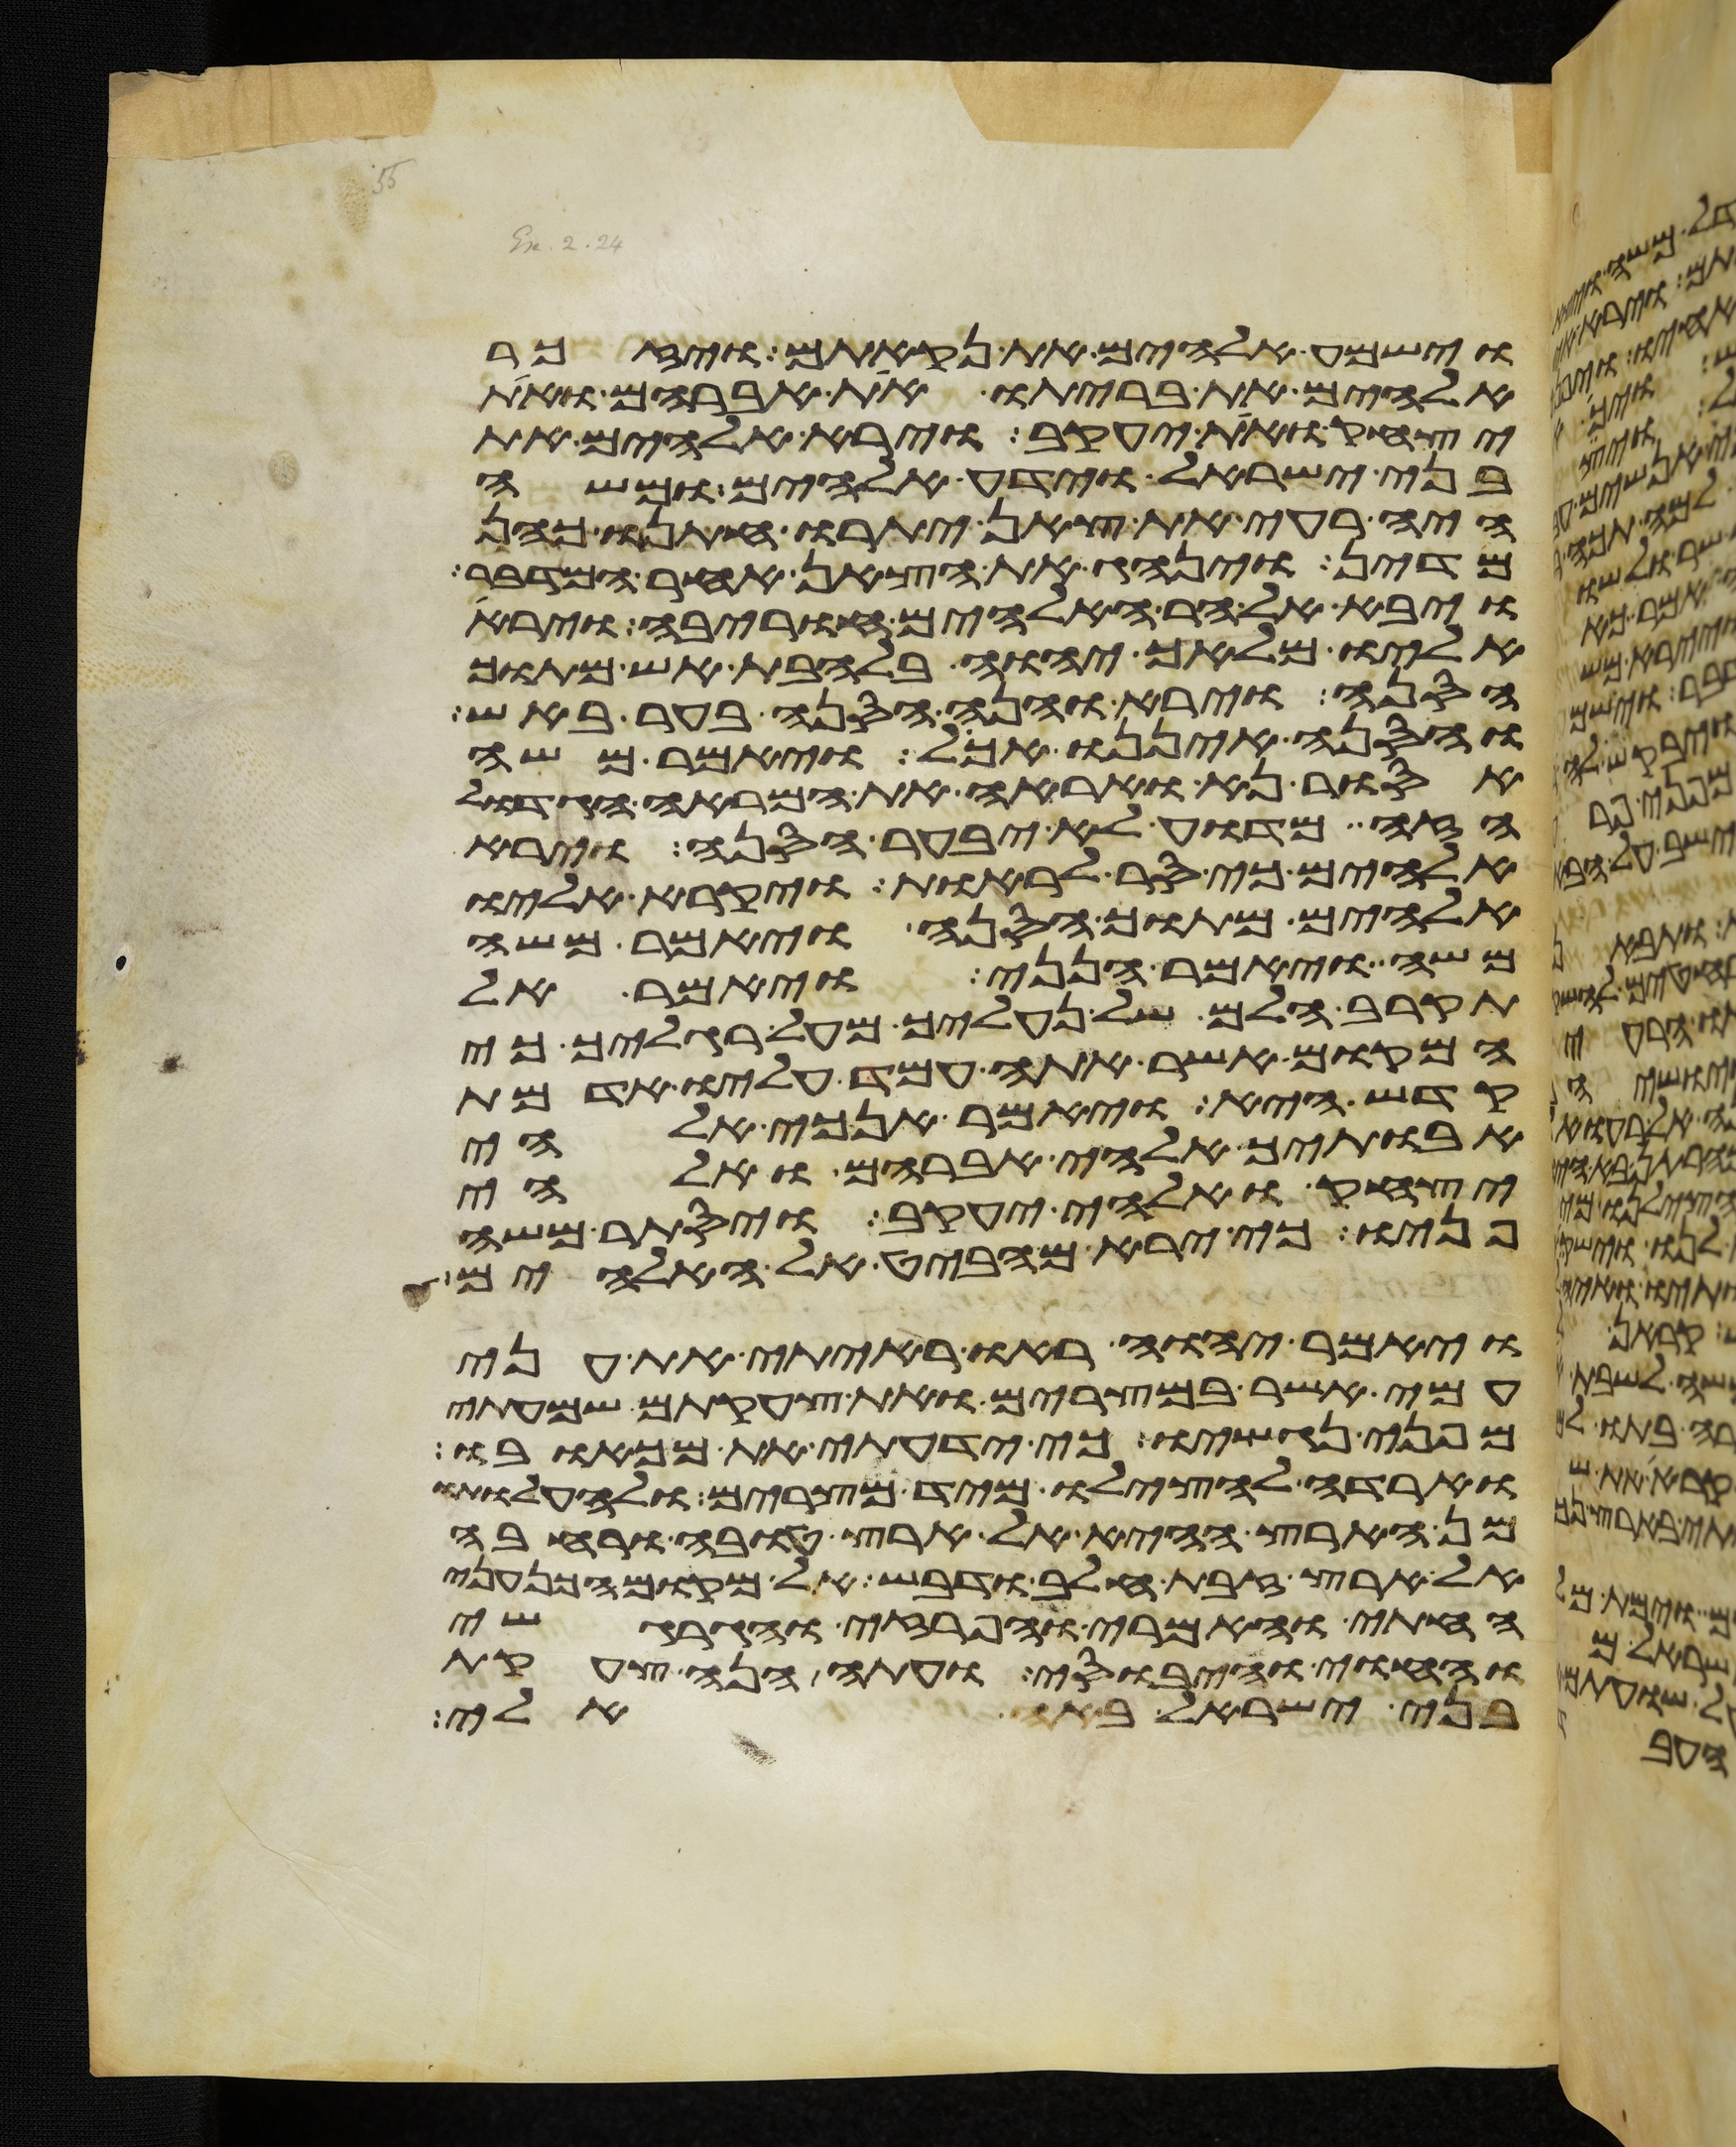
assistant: וישמע אלהים את נקאתם ויזכר
אלהים את בריתו את אברהם ואת
יצחק ואת יעקב וירא אלהים את
בני ישראל וידע אלהים ומשה
היה רעה את צאן יתרו חתנו כהן
מדין וינהג את הצאן אחר המדבר
ויבא אל הר האלהים חורבה וירא
אליו מלאך יהוה בלהבת אש מתוך
הסנה וירא והנה הסנה בער באש
והסנה איננו אכל ויאמר משה
אסור נא ואראה את המראה הגדול
הזה מדוע לא יבער הסנה וירא
אלהים כי סר לראות ויקרא אליו
אלהים מתוך הסנה ויאמר משה
משה ויאמר הנני ויאמר אל
תקרב הלם של נעליך מעל רגליך כי
המקום אשר אתה עמד עליו אדמת
קדש היא ויאמר אנכי אלהי
אבתיך אלהי אברהם ואלהי
יצחק ואלהי יעקב ויסתר משה
פניו כי ירא מהביט אל האלהים
ויאמר יהוה ראו ראיתי את עני
עמי אשר במצרים ואת צעקתם שמעתי
מפני נגשיו כי ידעתי את מכאבו
וארדה להצילו מיד מצרים ולהעלותו
מן הארץ ההיא אל ארץ טובה ורחבה
אל ארץ זבת חלב ודבש אל מקום הכנעני
החתי והאמרי והפרזי והגרגשי
והחוי והיבוסי ועתה הנה צעקת
בני ישראל באה אלי